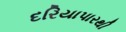
દરિયાપારથી